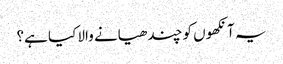
یہ آنکھوں کو چندھیانے والا کیا ہے؟